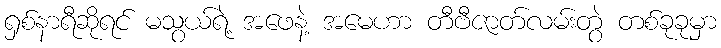
ရှစ်နာရီဆိုရင် မသွယ်ရဲ့ အဖေနဲ့ အမေဟာ တီဗီဇာတ်လမ်းတွဲ တစ်ခုခုမှာ